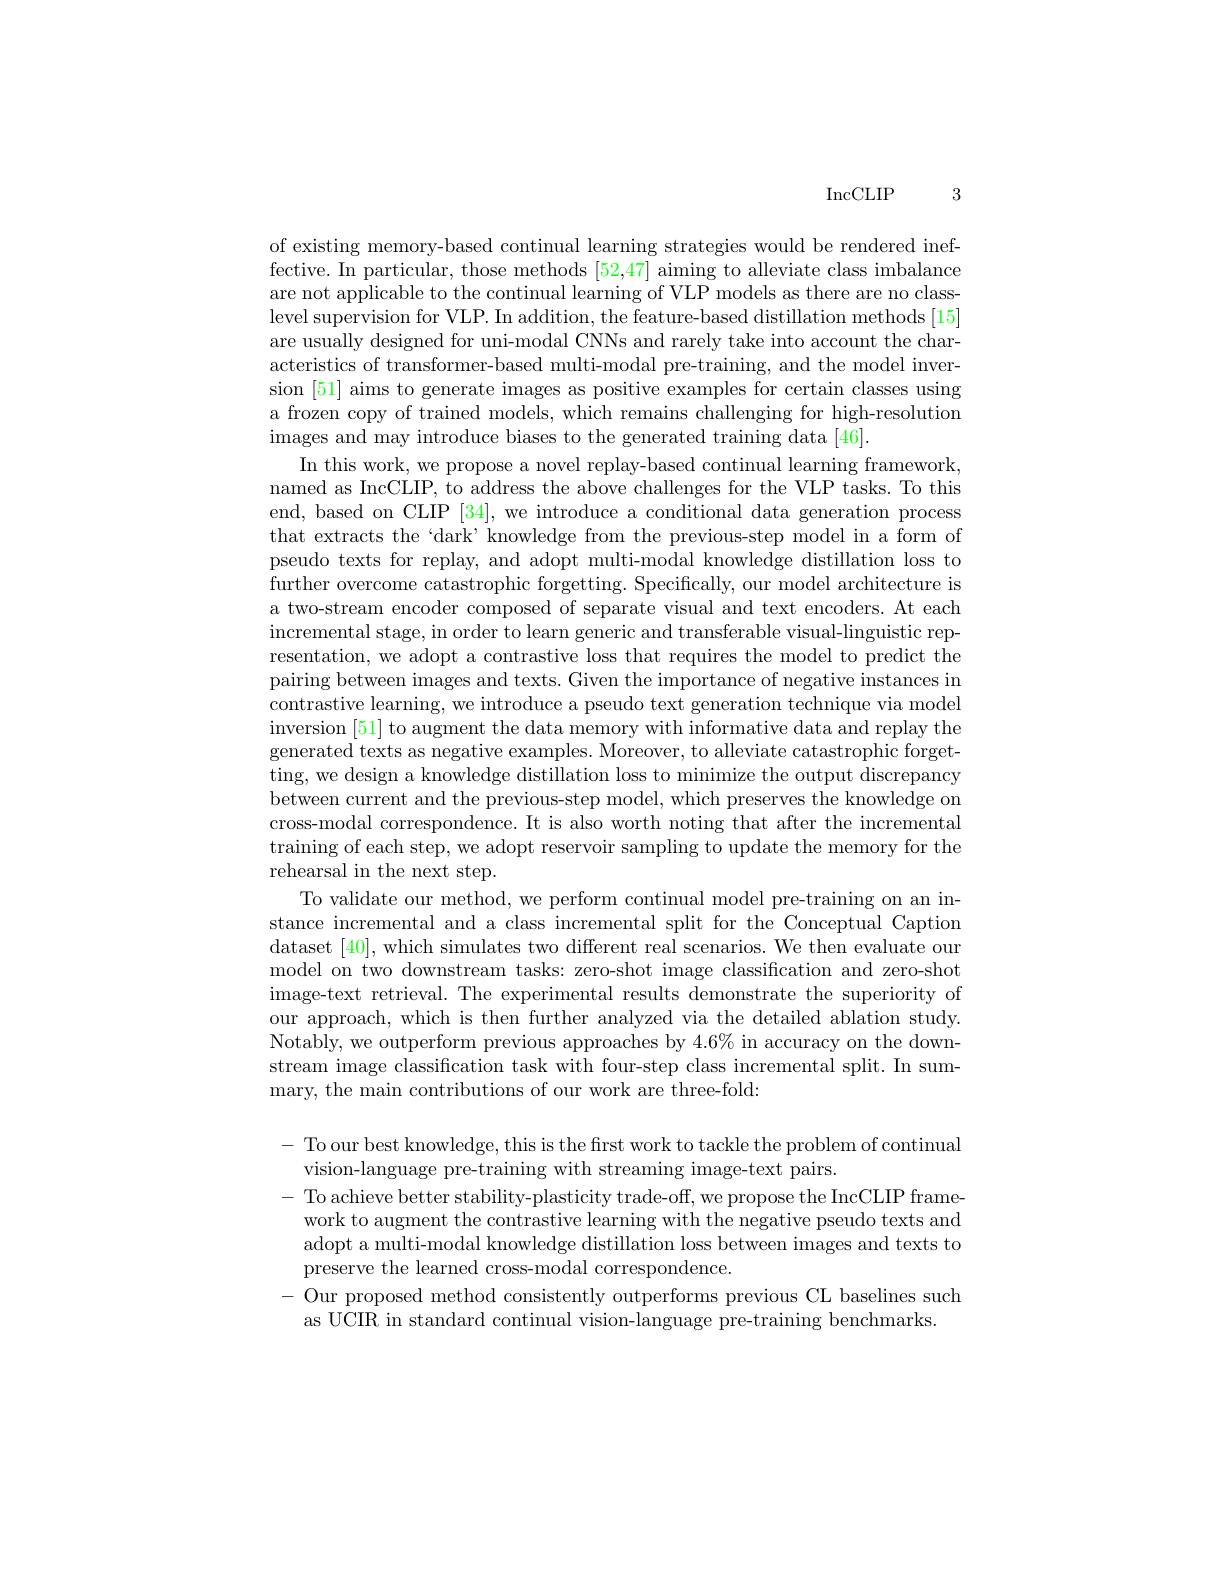
3

$\operatorname{IncCLIP}$

of existing memory-based continual learning strategies would be rendered ineffective. In particular, those methods [52,47] aiming to alleviate class imbalance are not applicable to the continual learning of VLP models as there are no classlevel supervision for VLP. In addition, the feature-based distillation methods [15] are usually designed for uni-modal CNNs and rarely take into account the characteristics of transformer-based multi-modal pre-training, and the model inversion [51] aims to generate images as positive examples for certain classes using a frozen copy of trained models, which remains challenging for high-resolution images and may introduce biases to the generated training data [46].
In this work, we propose a novel replay-based continual learning framework, named as IncCLIP, to address the above challenges for the VLP tasks. To this end, based on CLIP [34], we introduce a conditional data generation process that extracts the‘dark’ knowledge from the previous-step model in a form of pseudo texts for replay, and adopt multi-modal knowledge distillation loss to further overcome catastrophic forgetting. Specifically, our model architecture is a two-stream encoder composed of separate visual and text encoders. At each incremental stage, in order to learn generic and transferable visual-linguistic representation, we adopt a contrastive loss that requires the model to predict the pairing between images and texts. Given the importance of negative instances in contrastive learning, we introduce a pseudo text generation technique via model inversion [51] to augment the data memory with informative data and replay the generated texts as negative examples. Moreover, to alleviate catastrophic forgetting, we design a knowledge distillation loss to minimize the output discrepancy between current and the previous-step model, which preserves the knowledge on cross-modal correspondence. It is also worth noting that after the incremental training of each step, we adopt reservoir sampling to update the memory for the rehearsal in the next step.
To validate our method, we perform continual model pre-training on an instance incremental and a class incremental split for the Conceptual Caption dataset [40],which simulates two different real scenarios. We then evaluate our model on two downstream tasks: zero-shot image classification and zero-shot image-text retrieval. The experimental results demonstrate the superiority of our approach, which is then further analyzed via the detailed ablation study. Notably, we outperform previous approaches by $4.6\%$ in accuracy on the downstream image classification task with four-step class incremental split. In summary, the main contributions of our work are three-fold:

- To our best knowledge, this is the first work to tackle the problem of continual
vision-language pre-training with streaming image-text pairs.
- To achieve better stability-plasticity trade-off, we propose the IncCLIP framework to augment the contrastive learning with the negative pseudo texts and adopt a multi-modal knowledge distillation loss between images and texts to preserve the learned cross-modal correspondence.
- Our proposed method consistently outperforms previous CL baselines such
as UCIR in standard continual vision-language pre-training benchmarks.